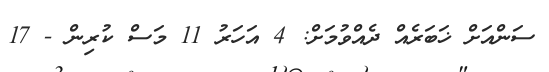
ސަންއަށް ޚަބަރެއް ދެއްވުމަށް: 4 އަހަރު 11 މަސް ކުރިން - 17